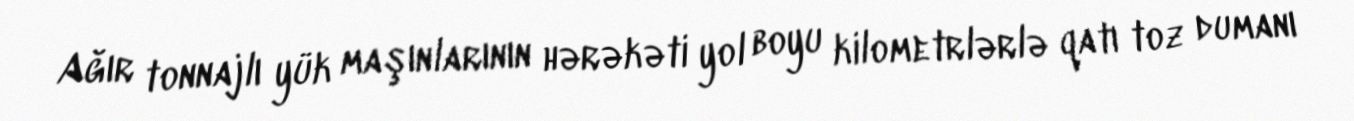
Ağır tonnajlı yük maşınlarının hərəkəti yol boyu kilometrlərlə qatı toz dumanı